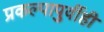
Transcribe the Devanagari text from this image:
प्रकल्पापुर्वीही